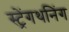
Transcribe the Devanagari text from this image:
स्ट्रेंगथनिंग